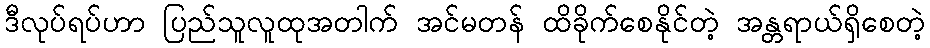
ဒီလုပ်ရပ်ဟာ ပြည်သူလူထုအတါက် အင်မတန် ထိခိုက်စေနိုင်တဲ့ အန္တရာယ်ရှိစေတဲ့